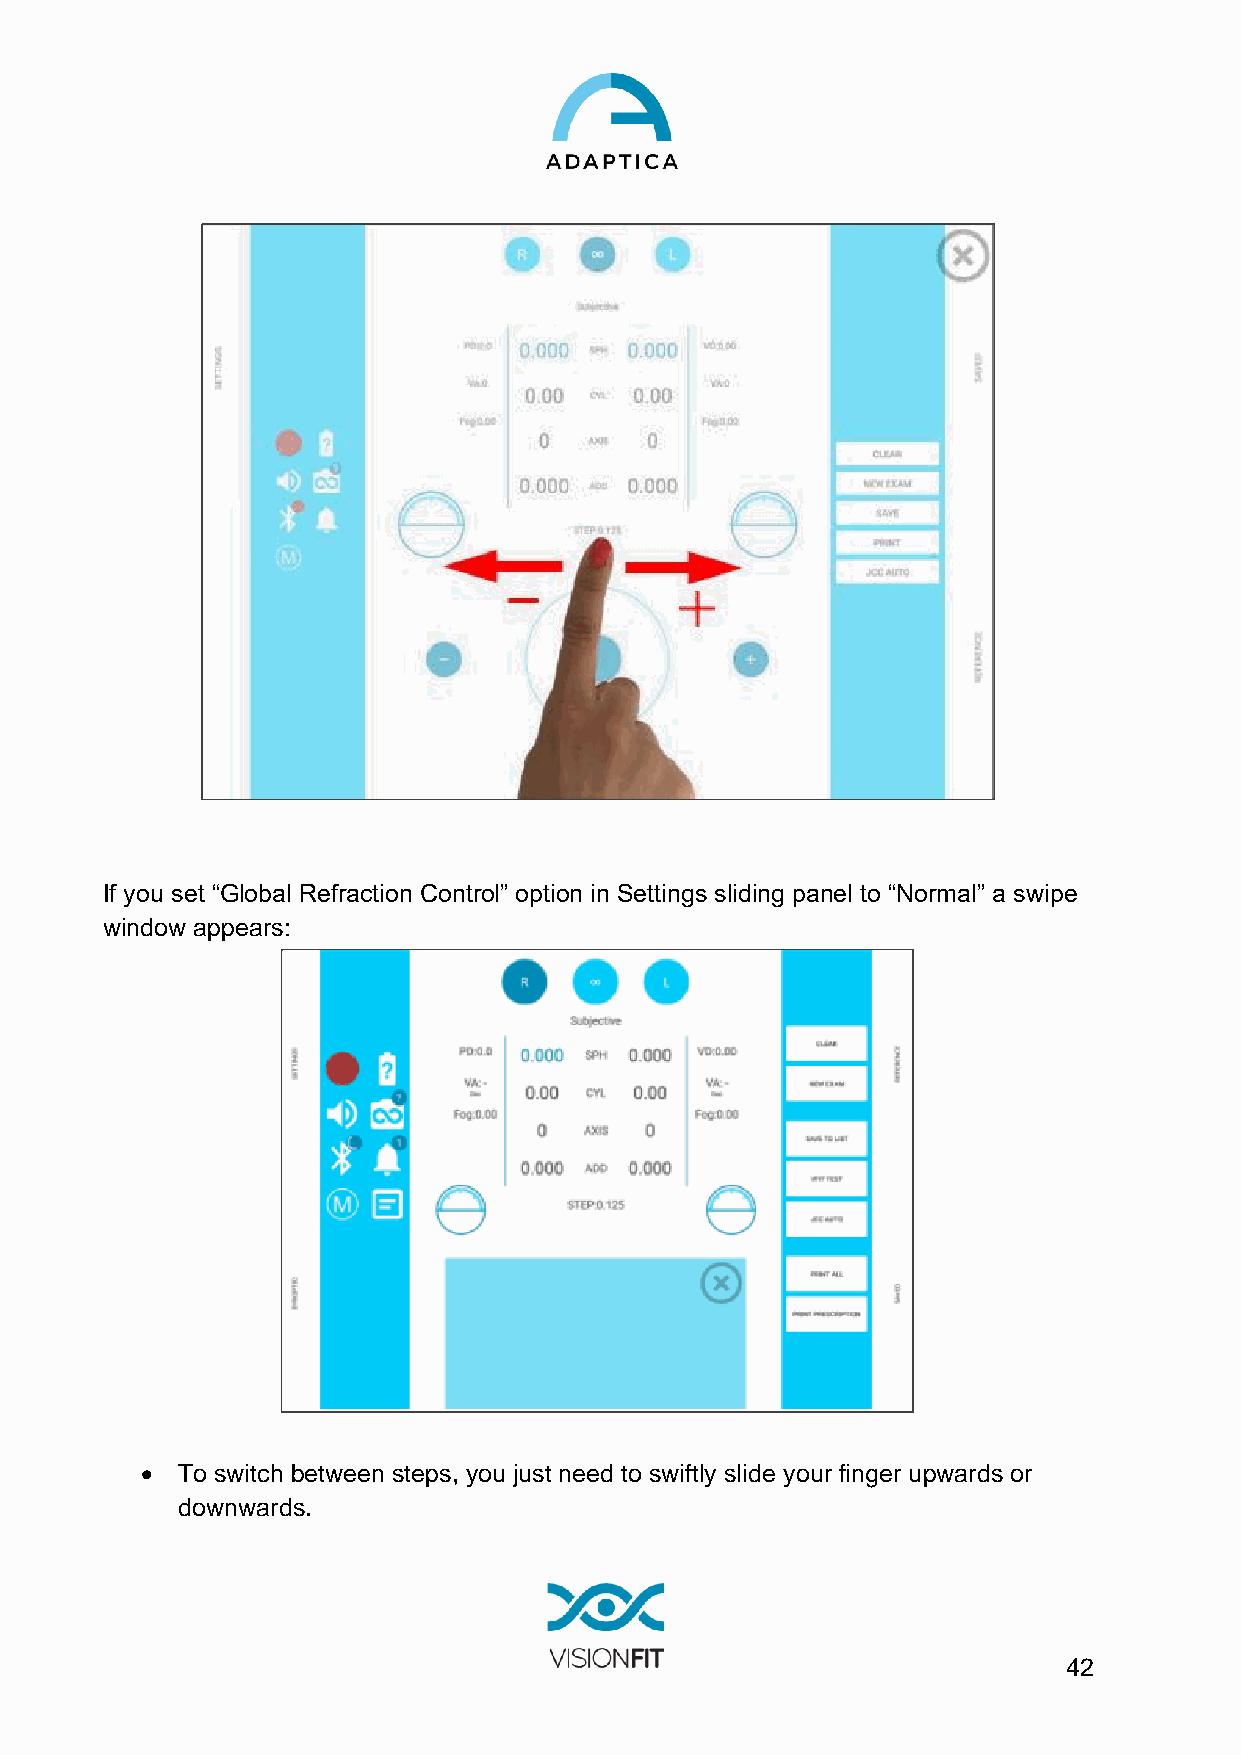
If you set “Global Refraction Control” option in Settings sliding panel to “Normal” a swipe
 window appears:
 •  To switch between steps, you just need to swiftly slide your finger upwards or
 downwards.
 42